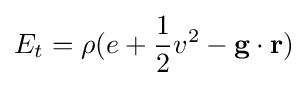
E_{t}=\rho (e+{\frac {1}{2}}v^{2}-\mathbf {g\cdot r} )